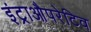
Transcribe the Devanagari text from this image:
इंट्राऔपरेटिव